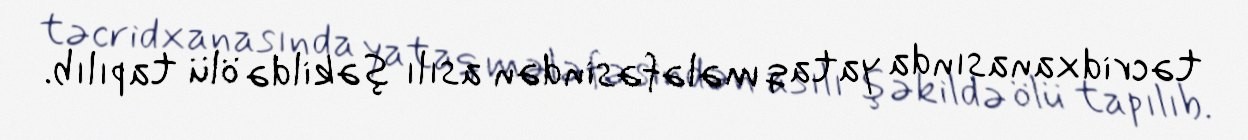
təcridxanasında yataq mələfəsindən asılı şəkildə ölü tapılıb.